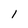
Character: 1